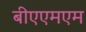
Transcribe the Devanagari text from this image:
बीएएमएम